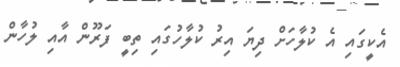
އެކީގައި އެ ކުލާހަށް ދިޔަ އިރު ކުލާހުގައި ތިބީ ފަރޫން އާއި ލުހާން